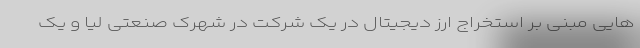
هایی مبنی بر استخراج ارز دیجیتال در یک شرکت در شهرک صنعتی لیا و یک